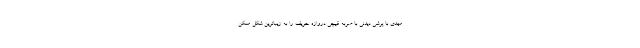
مهدی با پرشی دیدنی با ضربه قیچی دروازه حریف را به زیباترین شکل ممکن